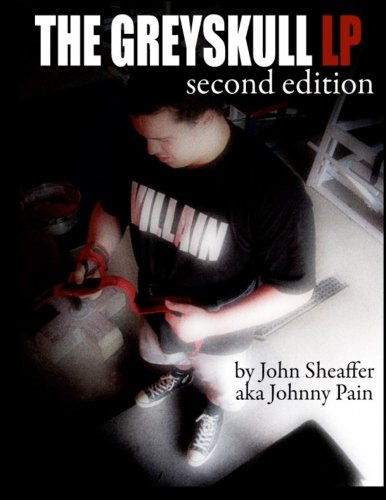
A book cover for The Greyskull LP: Second Edition; John Sheaffer; Health, Fitness & Dieting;